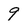
Character: 9